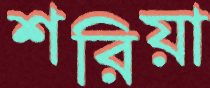
শরিয়া